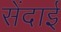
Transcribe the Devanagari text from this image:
सेंदाई